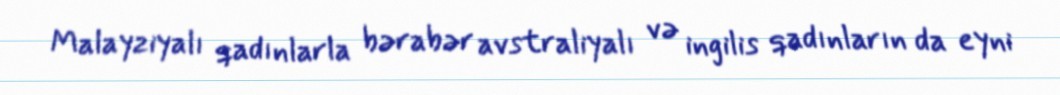
Malayziyalı qadınlarla bərabər avstraliyalı və ingilis qadınların da eyni